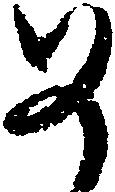
め